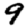
Digit: 9